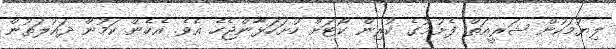
ލިޔުމަކުން ޝަރީއަތް ފެށުމުގެ ކުރިން ކޯޓަށް ހުށަހަޅާންޖެހެ އެވެ. އެހެން ކަމުން ދައުލަތުން